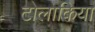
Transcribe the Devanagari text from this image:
टोलाकिया